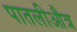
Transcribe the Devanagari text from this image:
पातलीऔत्र